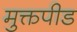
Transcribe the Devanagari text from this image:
मुक्तपीड